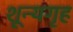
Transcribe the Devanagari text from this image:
शून्यगृह